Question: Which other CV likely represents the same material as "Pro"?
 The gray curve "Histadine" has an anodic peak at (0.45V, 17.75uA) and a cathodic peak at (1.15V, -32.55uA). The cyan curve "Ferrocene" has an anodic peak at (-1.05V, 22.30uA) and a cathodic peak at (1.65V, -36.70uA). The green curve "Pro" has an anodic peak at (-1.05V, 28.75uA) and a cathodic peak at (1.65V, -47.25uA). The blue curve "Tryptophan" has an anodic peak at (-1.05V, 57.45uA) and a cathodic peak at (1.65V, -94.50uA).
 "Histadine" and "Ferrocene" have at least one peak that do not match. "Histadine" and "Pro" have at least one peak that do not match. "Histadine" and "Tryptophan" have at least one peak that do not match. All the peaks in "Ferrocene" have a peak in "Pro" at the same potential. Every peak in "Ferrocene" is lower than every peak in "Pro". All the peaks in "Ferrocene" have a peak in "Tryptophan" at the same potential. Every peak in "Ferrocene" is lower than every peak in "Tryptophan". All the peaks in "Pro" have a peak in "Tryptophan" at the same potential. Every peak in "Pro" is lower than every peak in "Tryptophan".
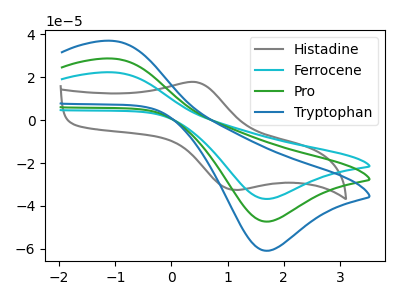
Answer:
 <answer>"Pro" and "Tryptophan" have a similar shape to "Ferrocene".</answer>
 <eval>"Pro" "Tryptophan"</eval>